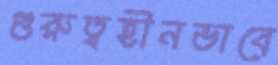
গুরুত্বহীনভাবে